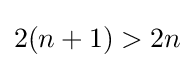
2(n+1)>2n